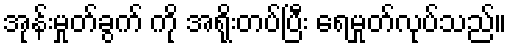
အုန်းမှုတ်ခွက် ကို အရိုးတပ်ပြီး ရေမှုတ်လုပ်သည်။